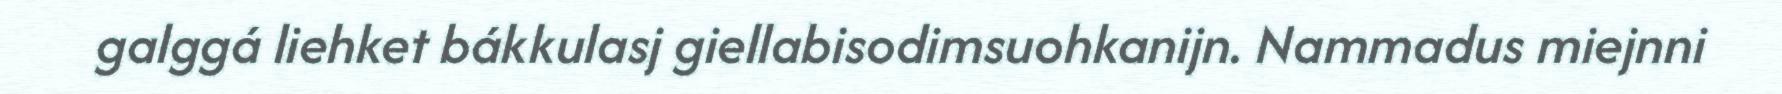
galggá liehket bákkulasj giellabisodimsuohkanijn. Nammadus miejnni